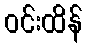
ဝင်းထိန်